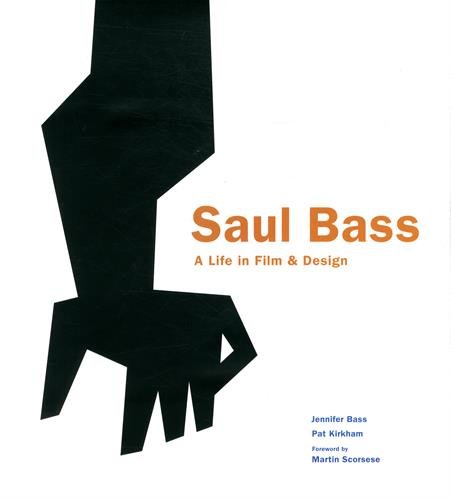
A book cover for Saul Bass: A Life in Film and Design; Jennifer Bass; Arts & Photography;